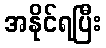
အနိုင်ရပြီး